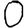
Digit: 0